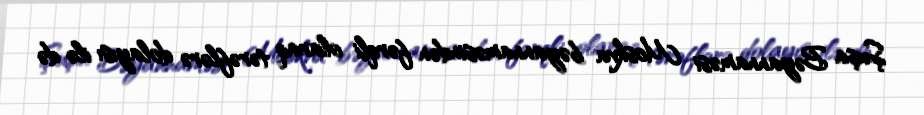
Şuşa Bəyannaməsi Moskva bəyannaməsindən fərqli olaraq tərəflərə dolayısı ilə də